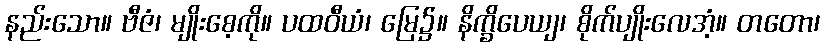
နည်းသော။ ဗီဇံ၊ မျိုးစေ့ကို။ ပထဝီယံ၊ မြေ၌။ နိက္ခိပေယျ၊ စိုက်ပျိုးလေအံ့။ တတော၊